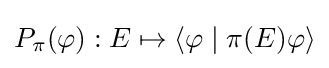
P_{\pi }(\varphi ):E\mapsto \langle \varphi \mid \pi (E)\varphi \rangle